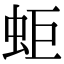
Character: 蚷